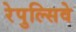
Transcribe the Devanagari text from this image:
रेपुल्सिवे